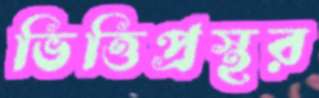
ভিত্তিপ্রস্থর